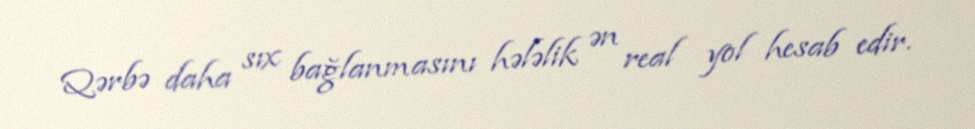
Qərbə daha sıx bağlanmasını hələlik ən real yol hesab edir.